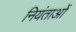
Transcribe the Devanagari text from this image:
नियंताओं